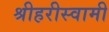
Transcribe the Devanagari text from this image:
श्रीहरीस्वामी